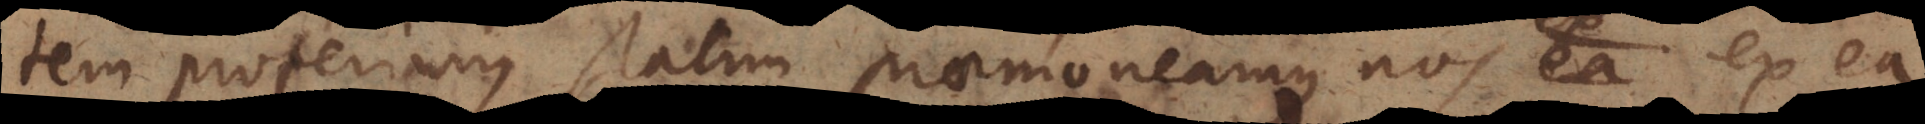
tem proferimus statim praemoneamus nos ex ea